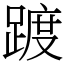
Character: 踱